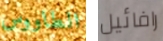
الطاووس رافائيل